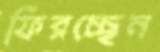
ফিরচ্ছেন